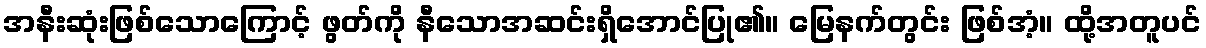
အနီးဆုံးဖြစ်သောကြောင့် ဖွတ်ကို နီသောအဆင်းရှိအောင်ပြု၏။ မြေနက်တွင်း ဖြစ်အံ့။ ထို့အတူပင်